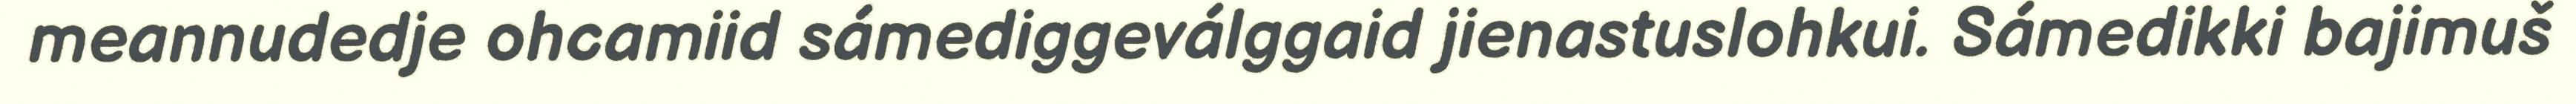
meannudedje ohcamiid sámediggeválggaid jienastuslohkui. Sámedikki bajimuš